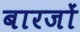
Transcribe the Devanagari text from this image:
बारजों